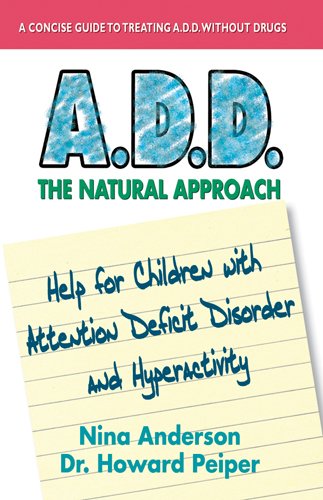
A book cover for A.D.D.: The Natural Approach; Nina Anderson; Health, Fitness & Dieting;